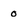
Character: o